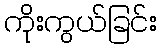
ကိုးကွယ်ခြင်း